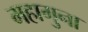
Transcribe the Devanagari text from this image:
महागुना